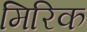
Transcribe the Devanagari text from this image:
मिरिक